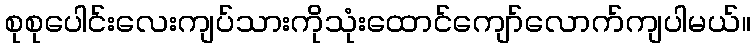
စုစုပေါင်းလေးကျပ်သားကိုသုံးထောင်ကျော်လောက်ကျပါမယ်။